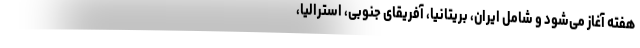
هفته آغاز می‌شود و شامل ایران، بریتانیا، آفریقای جنوبی، استرالیا،